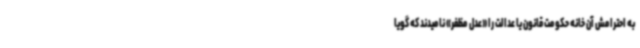
به احترامش آن خانه حکومت قانون یا عدالت را «عدل مظفر» نامیدند که گویا